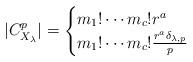
LaTeX: \begin{align*} |C_{X_\lambda}^p| = \begin{cases} m_1!\dotsb m_c! r^a &\\ m_1!\dotsb m_c! \frac {r^a \delta_{\lambda,p}} p & \\ \end{cases}\end{align*}